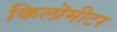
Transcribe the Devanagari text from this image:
किलॊमीटर